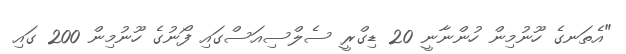
"އެތަނގެ ހޫނުމިން ހުންނާނީ 20 ޑިގްރީ ސެލްސިއަސްގައި ފޯނުގެ ހޫނުމިން 200 ގައި